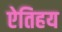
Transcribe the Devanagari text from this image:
ऐतिहय